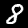
Label: 8